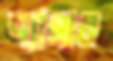
দ্যাসার